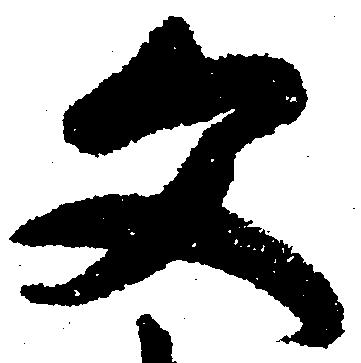
文